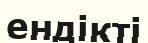
ендікті